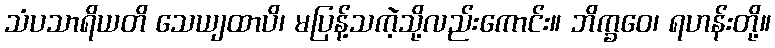
သံပသာရိယတိ သေယျထာပိ၊ မပြန့်သကဲ့သို့လည်းကောင်း။ ဘိက္ခဝေ၊ ရဟန်းတို့။